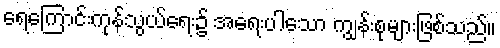
ရေကြောင်းကုန်သွယ်ရေး၌ အရေးပါသော ကျွန်းစုများဖြစ်သည်။